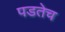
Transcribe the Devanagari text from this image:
पडतेच